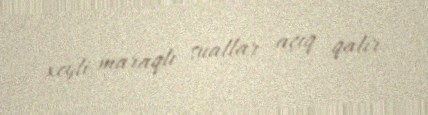
xeyli maraqlı suallar açıq qalır.